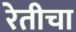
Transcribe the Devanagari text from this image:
रेतीचा